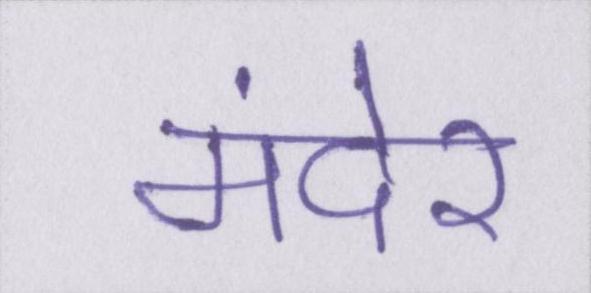
मंदेर